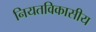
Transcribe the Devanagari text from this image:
नियतविकासीय